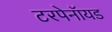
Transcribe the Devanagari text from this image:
टरपेनॉयड